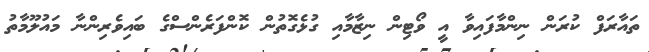
ތައާރަފް ކުރަން ނިންމާފައިވާ އީ ވޯޓިން ނިޒާމާއި ގުޅެގޮތުން ކޮންފަރެންސްގެ ބައިވެރިންނާ މައުލޫމާތު